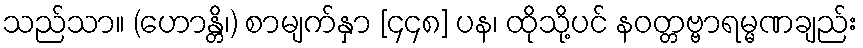
သည်သာ။ (ဟောန္တိ၊) စာမျက်နှာ [၄၄၈] ပန၊ ထိုသို့ပင် နဝတ္တဗ္ဗာရမ္မဏချည်း